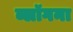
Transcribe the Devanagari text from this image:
ब्लॉगना